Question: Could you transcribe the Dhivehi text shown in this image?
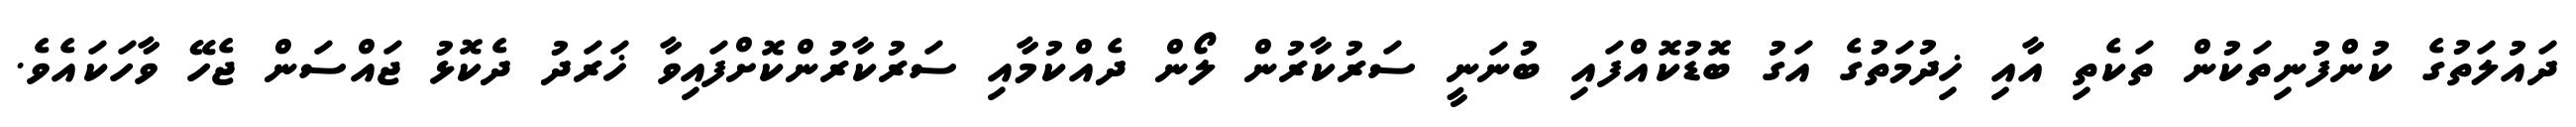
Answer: ދައުލަތުގެ ކުންފުނިތަކުން ތަކެތި އާއި ޚިދުމަތުގެ އަގު ބޮޑުކޮއްފައި ބުނަނީ ސަރުކާރުން ލޯން ދެއްކުމާއި ސަރުކާރުންކޮށްފައިވާ ޚަރަދު ދެކޮޅު ޖައްސަން ޖެހޭ ވާހަކައެވެ.